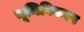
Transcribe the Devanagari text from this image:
भूमिविकल्प